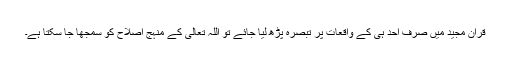
قرآن مجید میں صرف احد ہی کے واقعات پر تبصرہ پڑھ لیا جائے تو اللہ تعالیٰ کے منہجِ اصلاح کو سمجھا جا سکتا ہے۔